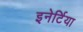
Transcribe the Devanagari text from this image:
इनेर्टिया